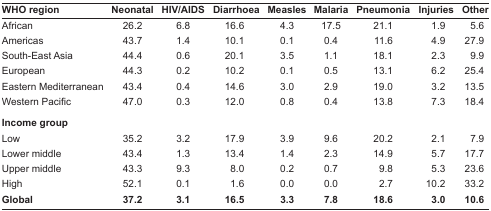
| WHO region | Neonatal | HIV/AIDS | Diarrhoea | Measles | Malaria | Pneumonia | Injuries | Other |
 | --- | --- | --- | --- | --- | --- | --- | --- | --- |
 | African | 26.2 | 6.8 | 16.6 | 4.3 | 17.5 | 21.1 | 1.9 | 5.6 |
 | Americas | 43.7 | 1.4 | 10.1 | 0.1 | 0.4 | 11.6 | 4.9 | 27.9 |
 | South-East Asia | 44.4 | 0.6 | 20.1 | 3.5 | 1.1 | 18.1 | 2.3 | 9.9 |
 | European | 44.3 | 0.2 | 10.2 | 0.1 | 0.5 | 13.1 | 6.2 | 25.4 |
 | Eastern Mediterranean | 43.4 | 0.4 | 14.6 | 3.0 | 2.9 | 19.0 | 3.2 | 13.5 |
 | Western Pacific | 47.0 | 0.3 | 12.0 | 0.8 | 0.4 | 13.8 | 7.3 | 18.4 |
 | Income group |  |  |  |  |  |  |  |  |
 | Low | 35.2 | 3.2 | 17.9 | 3.9 | 9.6 | 20.2 | 2.1 | 7.9 |
 | Lower middle | 43.4 | 1.3 | 13.4 | 1.4 | 2.3 | 14.9 | 5.7 | 17.7 |
 | Upper middle | 43.3 | 9.3 | 8.0 | 0.2 | 0.7 | 9.8 | 5.3 | 23.6 |
 | High | 52.1 | 0.1 | 1.6 | 0.0 | 0.0 | 2.7 | 10.2 | 33.2 |
 | Global | 37.2 | 3.1 | 16.5 | 3.3 | 7.8 | 18.6 | 3.0 | 10.6 |